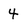
Character: 4